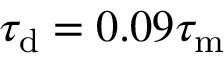
\tau _ { \mathrm { d } } = 0 . 0 9 \tau _ { \mathrm { m } }